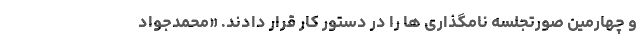
و چهارمین صورتجلسه نامگذاری ها را در دستور کار قرار دادند. «محمدجواد